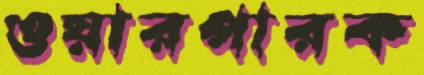
ওয়ারপারক